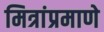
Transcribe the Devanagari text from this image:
मित्रांप्रमाणे